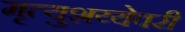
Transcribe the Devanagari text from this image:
मृत्युशय्येवरी